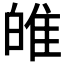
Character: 𤽼